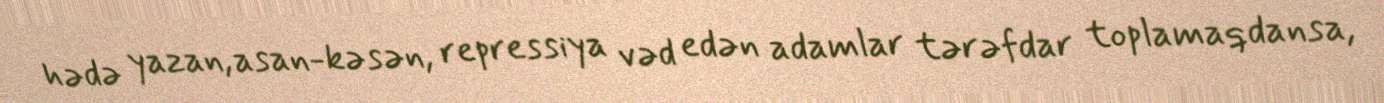
hədə yazan, asan-kəsən, repressiya vəd edən adamlar tərəfdar toplamaqdansa,